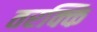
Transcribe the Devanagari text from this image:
तरक्कि